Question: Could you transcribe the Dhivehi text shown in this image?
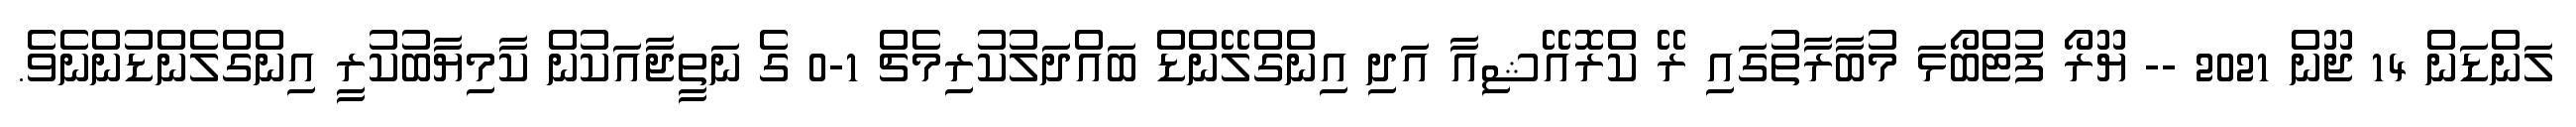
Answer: ލަންޑަން 14 ޖޫން 2021 -- ޔޫރޯ ފުޓްބޯޅަ މުބާރާތުގައި ރޭ ކްރޮއޭޝިއާ އަދި އިންގްލޭންޑް ބައްދަލުކުރިމެޗް 1-0 ގެ ނަތީޖާއަކުން ކާމިޔާބުކުރީ އިންގްލެންޑުންނެވެ.